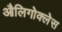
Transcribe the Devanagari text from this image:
औलिगोक्लेस